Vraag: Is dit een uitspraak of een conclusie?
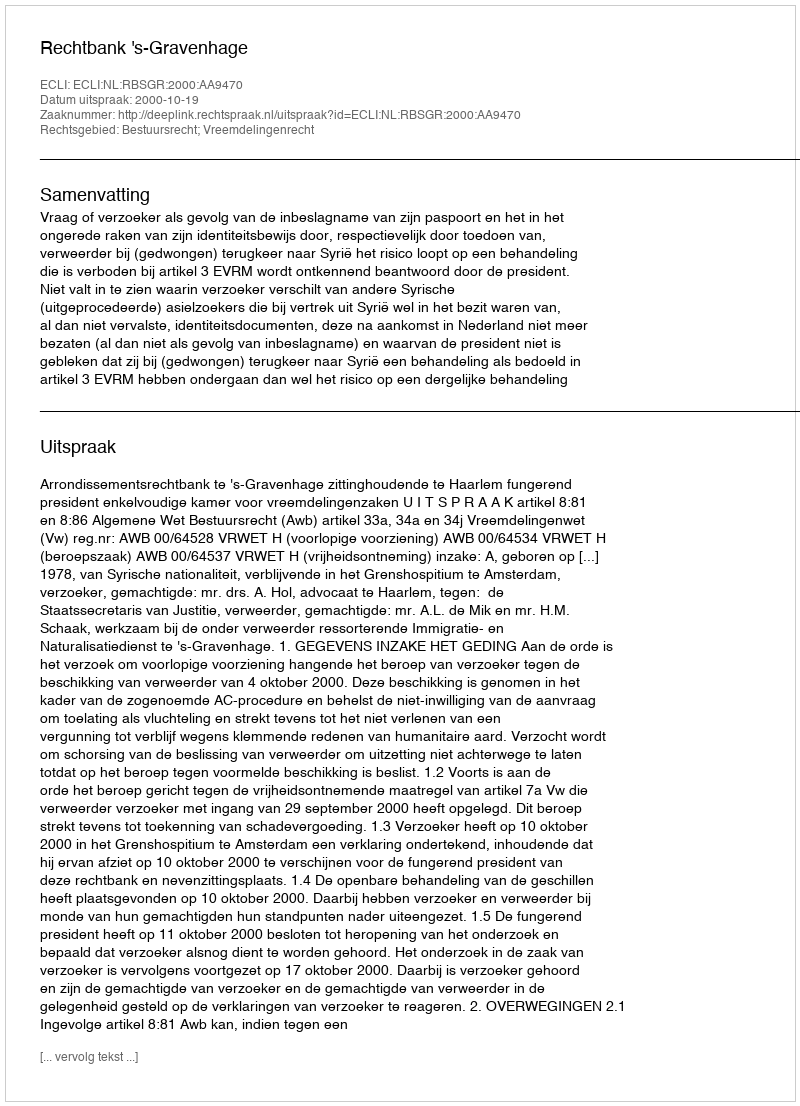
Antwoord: Uitspraak